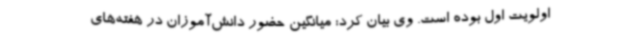
اولویت اول بوده است. وی بیان کرد: میانگین حضور دانش‌آموزان در هفته‌های